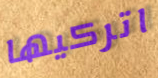
اتركيها